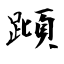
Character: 蹞